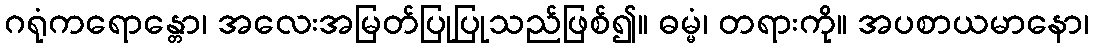
ဂရုံကရောန္တော၊ အလေးအမြတ်ပြုပြုသည်ဖြစ်၍။ ဓမ္မံ၊ တရားကို။ အပစာယမာနော၊